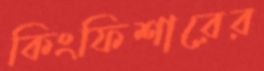
কিংফিশারের